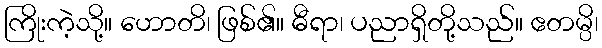
ကြိုးကဲ့သို့။ ဟောတိ၊ ဖြစ်၏။ ဓီရာ၊ ပညာရှိတို့သည်။ ဧတမ္ပိ၊